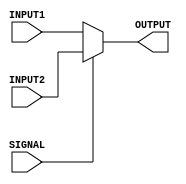
module ONEBITMUX (

	input wire SIGNAL,
	input wire [31:0] INPUT1,
	input wire [31:0] INPUT2,

	output wire [31:0] OUTPUT

	);

	reg [31:0] _OUTPUT;
	assign OUTPUT = _OUTPUT;

	always@ (*) begin

		if (SIGNAL == 1'b0) begin
			_OUTPUT = INPUT1;
		end
		else begin
			_OUTPUT = INPUT2; //SIGNAL = 1
		end
	end

endmodule